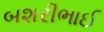
બશરીભાઈ